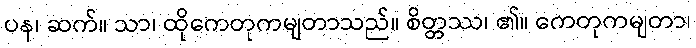
ပန၊ ဆက်။ သာ၊ ထိုကေတုကမျတာသည်။ စိတ္တဿ၊ ၏။ ကေတုကမျတာ၊